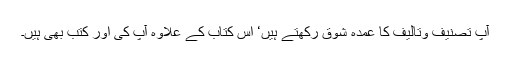
آپ تصنیف وتالیف کا عمدہ شوق رکھتے ہیں‘ اس کتاب کے علاوہ آپ کی اور کتب بھی ہیں۔